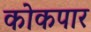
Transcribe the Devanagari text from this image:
कोकपार